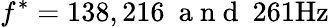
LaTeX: f^{*}=138,216~\mathrm{~a~n~d~}~261\mathrm{Hz}